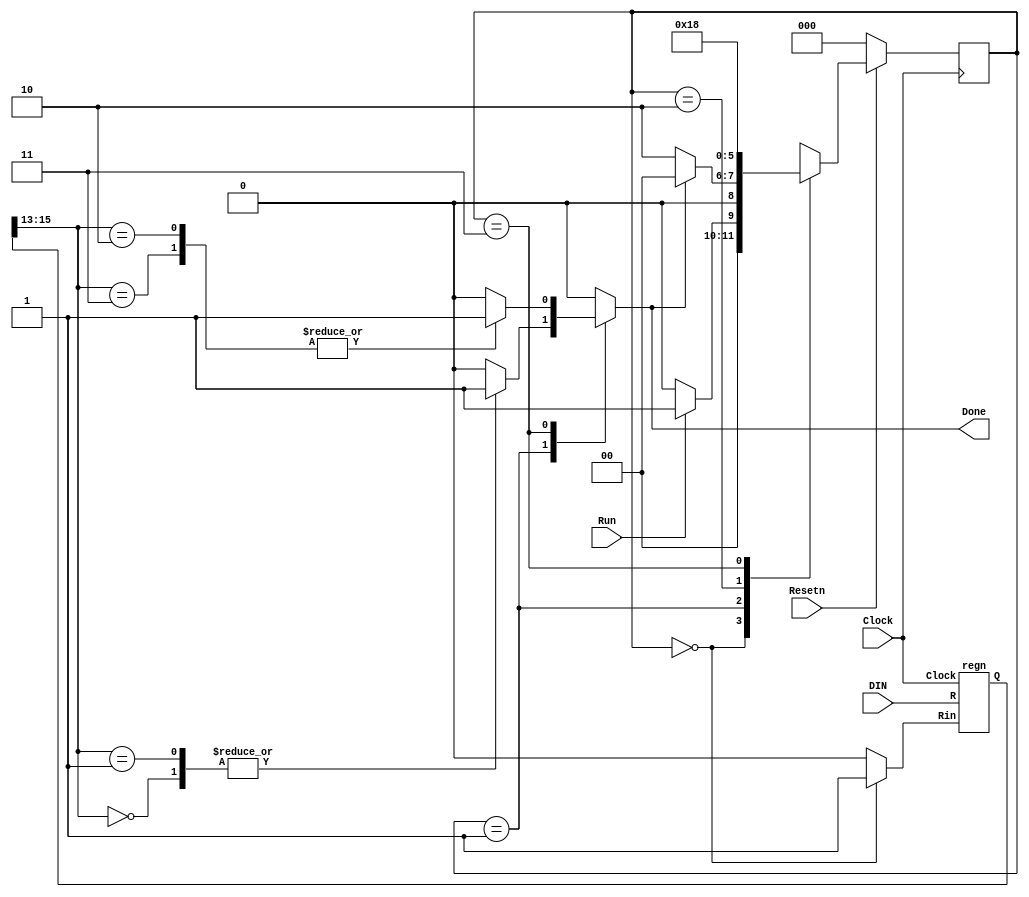
// registers r0 to r7 store 16-bit data
// register A stores first input for AddSub unit
// register G stores output of AddSub unit

module processor(DIN, Resetn, Clock, Run, Done);
    input [15:0] DIN; // feeds IR register 
    input Resetn, Run; // inputs to FSM 
	 input Clock; // input to FSM, registers r0 to r7, A, G 
    output Done; // output of FSM 

	 // internal wires within processor
	 
    reg [15:0] BusWires; 									// output of mux
    reg [3:0] Sel; 											// BusWires selector for mux 
    reg [0:7] Rin;											// load signal for r regs   
    reg [15:0] Sum;											// output of AddSub unit to feed G register 
    reg IRin, Done, Ain, Gin, AddSub; 					// control signals generated by FSM 
    reg [2:0] Tstep_Q, Tstep_D;							// currentState and nextState variables 
    wire [2:0] III, rX, rY; 								// instruction opcode and register operands
    wire [0:7] Xreg;											// output of decX decoder unit (converts 3-bit rX input of instruction to 8-bit signal to provide enable signal to correct r register  
    wire [15:0] R0, R1, R2, R3, R4, R5, R6, R7;		// register outputs that feed into mux
	 wire [15:0] A; 											// register output that feeds into Add/Sub unit  
    wire [15:0] G;											// register output that feeds into mux 
    wire [15:0] IR;											// register output that feeds into mux and FSM (also used to determine instruction III, IMM (rY or immediate data), rX, rY, immediate data)
    wire IMM;													// single instruction bit that determines whether second operand is rY or immediate data 
   
    assign III = IR[15:13];								// extracting instruction bits (mv, mvt, add, sub)
    assign IMM = IR[12];									// extracting instruction re. second operand 
    assign rX = IR[11:9];									// extracting rX register 
    assign rY = IR[2:0];									// extracting rY register
    
	 dec3to8 decX (rX, Xreg);							// converts 3-bit rX input of instruction to 8-bit signal that provides enable signal to correct r register (rXin, for loading data from BUS) 

    parameter T0 = 3'b000, T1 = 3'b001, T2 = 3'b010, T3 = 3'b011;

    // Control FSM state table
    always @(Tstep_Q, Run, Done)
        case (Tstep_Q)
            T0: // data is loaded into IR in this time step
                if (~Run) Tstep_D = T0;
                else Tstep_D = T1;
            T1: // some instructions end after this time step
                if (Done) Tstep_D = T0;
                else Tstep_D = T2;
            T2: // always go to T3 after this
                Tstep_D = T3;
            T3: // instructions end after this time step
                Tstep_D = T0;
            default: Tstep_D = 3'bxxx;
       endcase

    /* OPCODE format: III M XXX DDDDDDDDD, where 
    *     III = instruction, M = Immediate, XXX = rX. 
    *     If M = 0, DDDDDDDDD = 000000YYY = rY
    *     If M = 1, DDDDDDDDD = #D is the immediate operand 
    *
    *  III M  Instruction   Description
    *  --- -  -----------   -----------
    *  000 0: mv   rX,rY    rX <- rY
    *  000 1: mv   rX,#D    rX <- D (0 extended)
    *  001 1: mvt  rX,#D    rX <- D << 8
    *  010 0: add  rX,rY    rX <- rX + rY
    *  010 1: add  rX,#D    rX <- rX + D
    *  011 0: sub  rX,rY    rX <- rX - rY
    *  011 1: sub  rX,#D    rX <- rX - D */
    
	 parameter mv = 3'b000, mvt = 3'b001, add = 3'b010, sub = 3'b011;
    
	 // selectors for the BusWires multiplexer
    parameter Sel_R0 = 4'b0000, Sel_R1 = 4'b0001, Sel_R2 = 4'b0010, Sel_R3 = 4'b0011,
        Sel_R4 = 4'b0100, Sel_R5 = 4'b0101, Sel_R6 = 4'b0110, Sel_R7 = 4'b0111, Sel_G = 4'b1000,
        Sel_D /* immediate data */ = 4'b1001, Sel_D8 /* immediate data << 8 */ = 4'b1010;
    
	 // Control FSM outputs
    always @(*) begin
        // default values for control signals
        Done = 1'b0; Ain = 1'b0; Gin = 1'b0; AddSub = 1'b0; IRin = 1'b0; Rin = 8'b0;
        Sel = 4'bxxxx;
        case (Tstep_Q)
            T0: // store instruction on DIN in IR 
                IRin = 1'b1;
            T1: // define signals in T1
                case (III)
                    mv: begin
								if (!IMM) Sel = rY; 	// selects data held in register rY to put on BUS
								else Sel = Sel_D;		// selects immediate data from instruction register to put on BUS - leftmost bits 
								Rin = Xreg;  			// enable correct register rX to receive data on BUS
								Done = 1'b1; 			// finished task 
                    end
                    mvt: begin
                        Sel = Sel_D8; 			// selects immediate data from instruction register to put on BUS - rightmost bits 
								Rin=Xreg; 				// enables correct register rX to receive data on BUS
								Done = 1'b1;			// finished task 
                    end
                    add, sub: begin
								Sel = rX; 				// selects data from instructed register rX to load onto BUS 
								Ain = 1'b1; 			// enables register A to store data on BUS (to use in future clock cycle for computation)
                    end
                    default: ;
                endcase
            T2: // define signals T2
                case (III)
                    add: begin
								if (!IMM) Sel = rY;	// selects data held in register rY to put on BUS (which goes into Add/Sub unit for computation)
								else Sel = Sel_D; 	// selects immediate data from instruction register to put on BUS - leftmost bits (which goes into Add/Sub unit for computation)
								Gin=1'b1; 				// enables G register to store sum computed by Add/Sub unit 
                    end
                    sub: begin
								if (!IMM) Sel = rY;	// selects data held in register rY to put on BUS (which goes into Add/Sub unit for computation)
								else Sel = Sel_D; 	// selects immediate data from instruction register to put on BUS - leftmost bits (which goes into Add/Sub unit for computation)
								AddSub=1'b1; 			// instructs Add/Sub unit to perform subtraction (default is addition)
								Gin=1'b1; 				// enables G register to store sum computed by Add/Sub unit 
                    end
                    default: ; 
                endcase
            T3: // define T3
                case (III)
                    add, sub: begin
								Sel = Sel_G; 			// selects data held in G register (sum) to put on BUS 
								Rin = Xreg; 			// enables specified register rX to store sum on BUS 
								Done = 1'b1; 			// finished task 
                    end
                    default: ;
                endcase
            default: ;
        endcase
    end   
   
    // Control FSM flip-flops
    always @(posedge Clock)
        if (!Resetn)
            Tstep_Q <= T0; 						// reset processor to beginning
        else
            Tstep_Q <= Tstep_D;   			
   
	// instantiations of register modules for r0 to r7, A, IR regs 
    regn reg_0 (BusWires, Rin[0], Clock, R0);
    regn reg_1 (BusWires, Rin[1], Clock, R1);
    regn reg_2 (BusWires, Rin[2], Clock, R2);
    regn reg_3 (BusWires, Rin[3], Clock, R3);
    regn reg_4 (BusWires, Rin[4], Clock, R4);
    regn reg_5 (BusWires, Rin[5], Clock, R5);
    regn reg_6 (BusWires, Rin[6], Clock, R6);
    regn reg_7 (BusWires, Rin[7], Clock, R7);

    regn reg_A (BusWires, Ain, Clock, A);
    regn reg_IR (DIN, IRin, Clock, IR);

    // defining ALU instructions 
    always @(*)
        if (!AddSub)
            Sum = A + BusWires;
        else
            Sum = A - BusWires;
    
	 // instantiation of register module for G reg 
	 regn reg_G (Sum, Gin, Clock, G);

    // defining the internal processor bus
    always @(*)
        case (Sel)
            Sel_R0: BusWires = R0;
            Sel_R1: BusWires = R1;
            Sel_R2: BusWires = R2;
            Sel_R3: BusWires = R3;
            Sel_R4: BusWires = R4;
            Sel_R5: BusWires = R5;
            Sel_R6: BusWires = R6;
            Sel_R7: BusWires = R7;
            Sel_G: BusWires = G;
            Sel_D: BusWires = {7'b0000000, IR[8:0]};		// mv instruction; clears 8 MSB to 0 and loads immediate data from IR into 8 LSB of selected r reg
            Sel_D8: BusWires = {IR[7:0], 8'b00000000};	// mvt instruction: clears 8 LSB to 0 and loads immediate data from IR into 8 MSB of selected r reg 
            default: BusWires = 16'bxxxxxxxxxxxxxxxx;
        endcase
endmodule

// decoder module required to generate correct rXin signal (8 bits) from rX register indicated in instruction (3 bits) 
module dec3to8(W, Y);
    input [2:0] W;
    output [0:7] Y;
    reg [0:7] Y;
   
    always @(*)
        case (W)
            3'b000: Y = 8'b10000000;
            3'b001: Y = 8'b01000000;
            3'b010: Y = 8'b00100000;
            3'b011: Y = 8'b00010000;
            3'b100: Y = 8'b00001000;
            3'b101: Y = 8'b00000100;
            3'b110: Y = 8'b00000010;
            3'b111: Y = 8'b00000001;
        endcase
endmodule

// register module used to instantiate the various registers of the processor 
module regn(R, Rin, Clock, Q);
    parameter n = 16;
    input [n-1:0] R;
    input Rin, Clock;
    output [n-1:0] Q;
    reg [n-1:0] Q;

    always @(posedge Clock)
        if (Rin)
            Q <= R;
endmodule